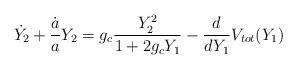
LaTeX: \begin{align*}\dot{Y_2}+{ \dot{a} \over a}{Y_2}=g_c{{Y^2_2} \over {1+2g_c Y_1}}-{d \over dY_1}V_{tot}(Y_1)\end{align*}